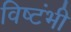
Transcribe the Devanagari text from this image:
विष्टंभी